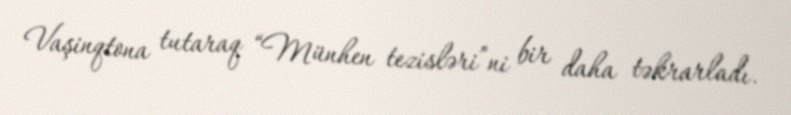
Vaşinqtona tutaraq “Münhen tezisləri”ni bir daha təkrarladı.